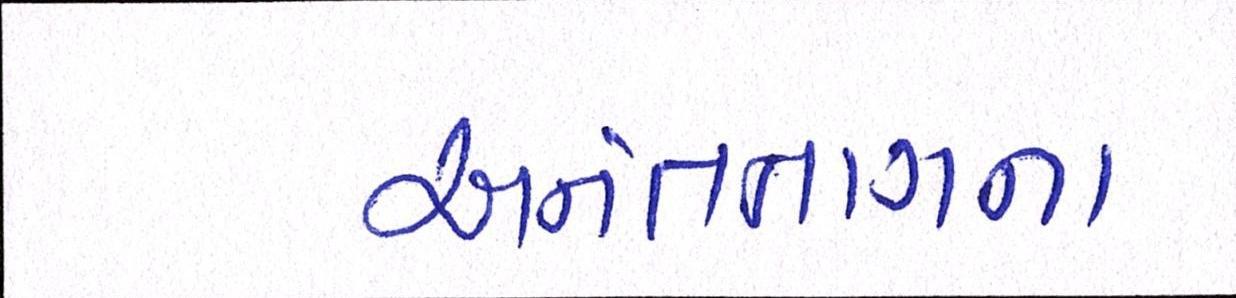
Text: અનંતનાગના